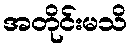
အတိုင်းမသိ